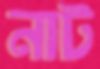
নাট